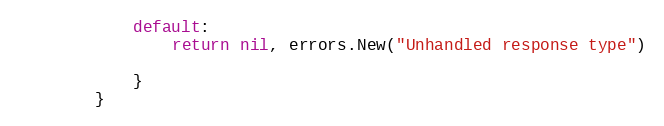
Language: Go
			default:
				return nil, errors.New("Unhandled response type")

			}
		}